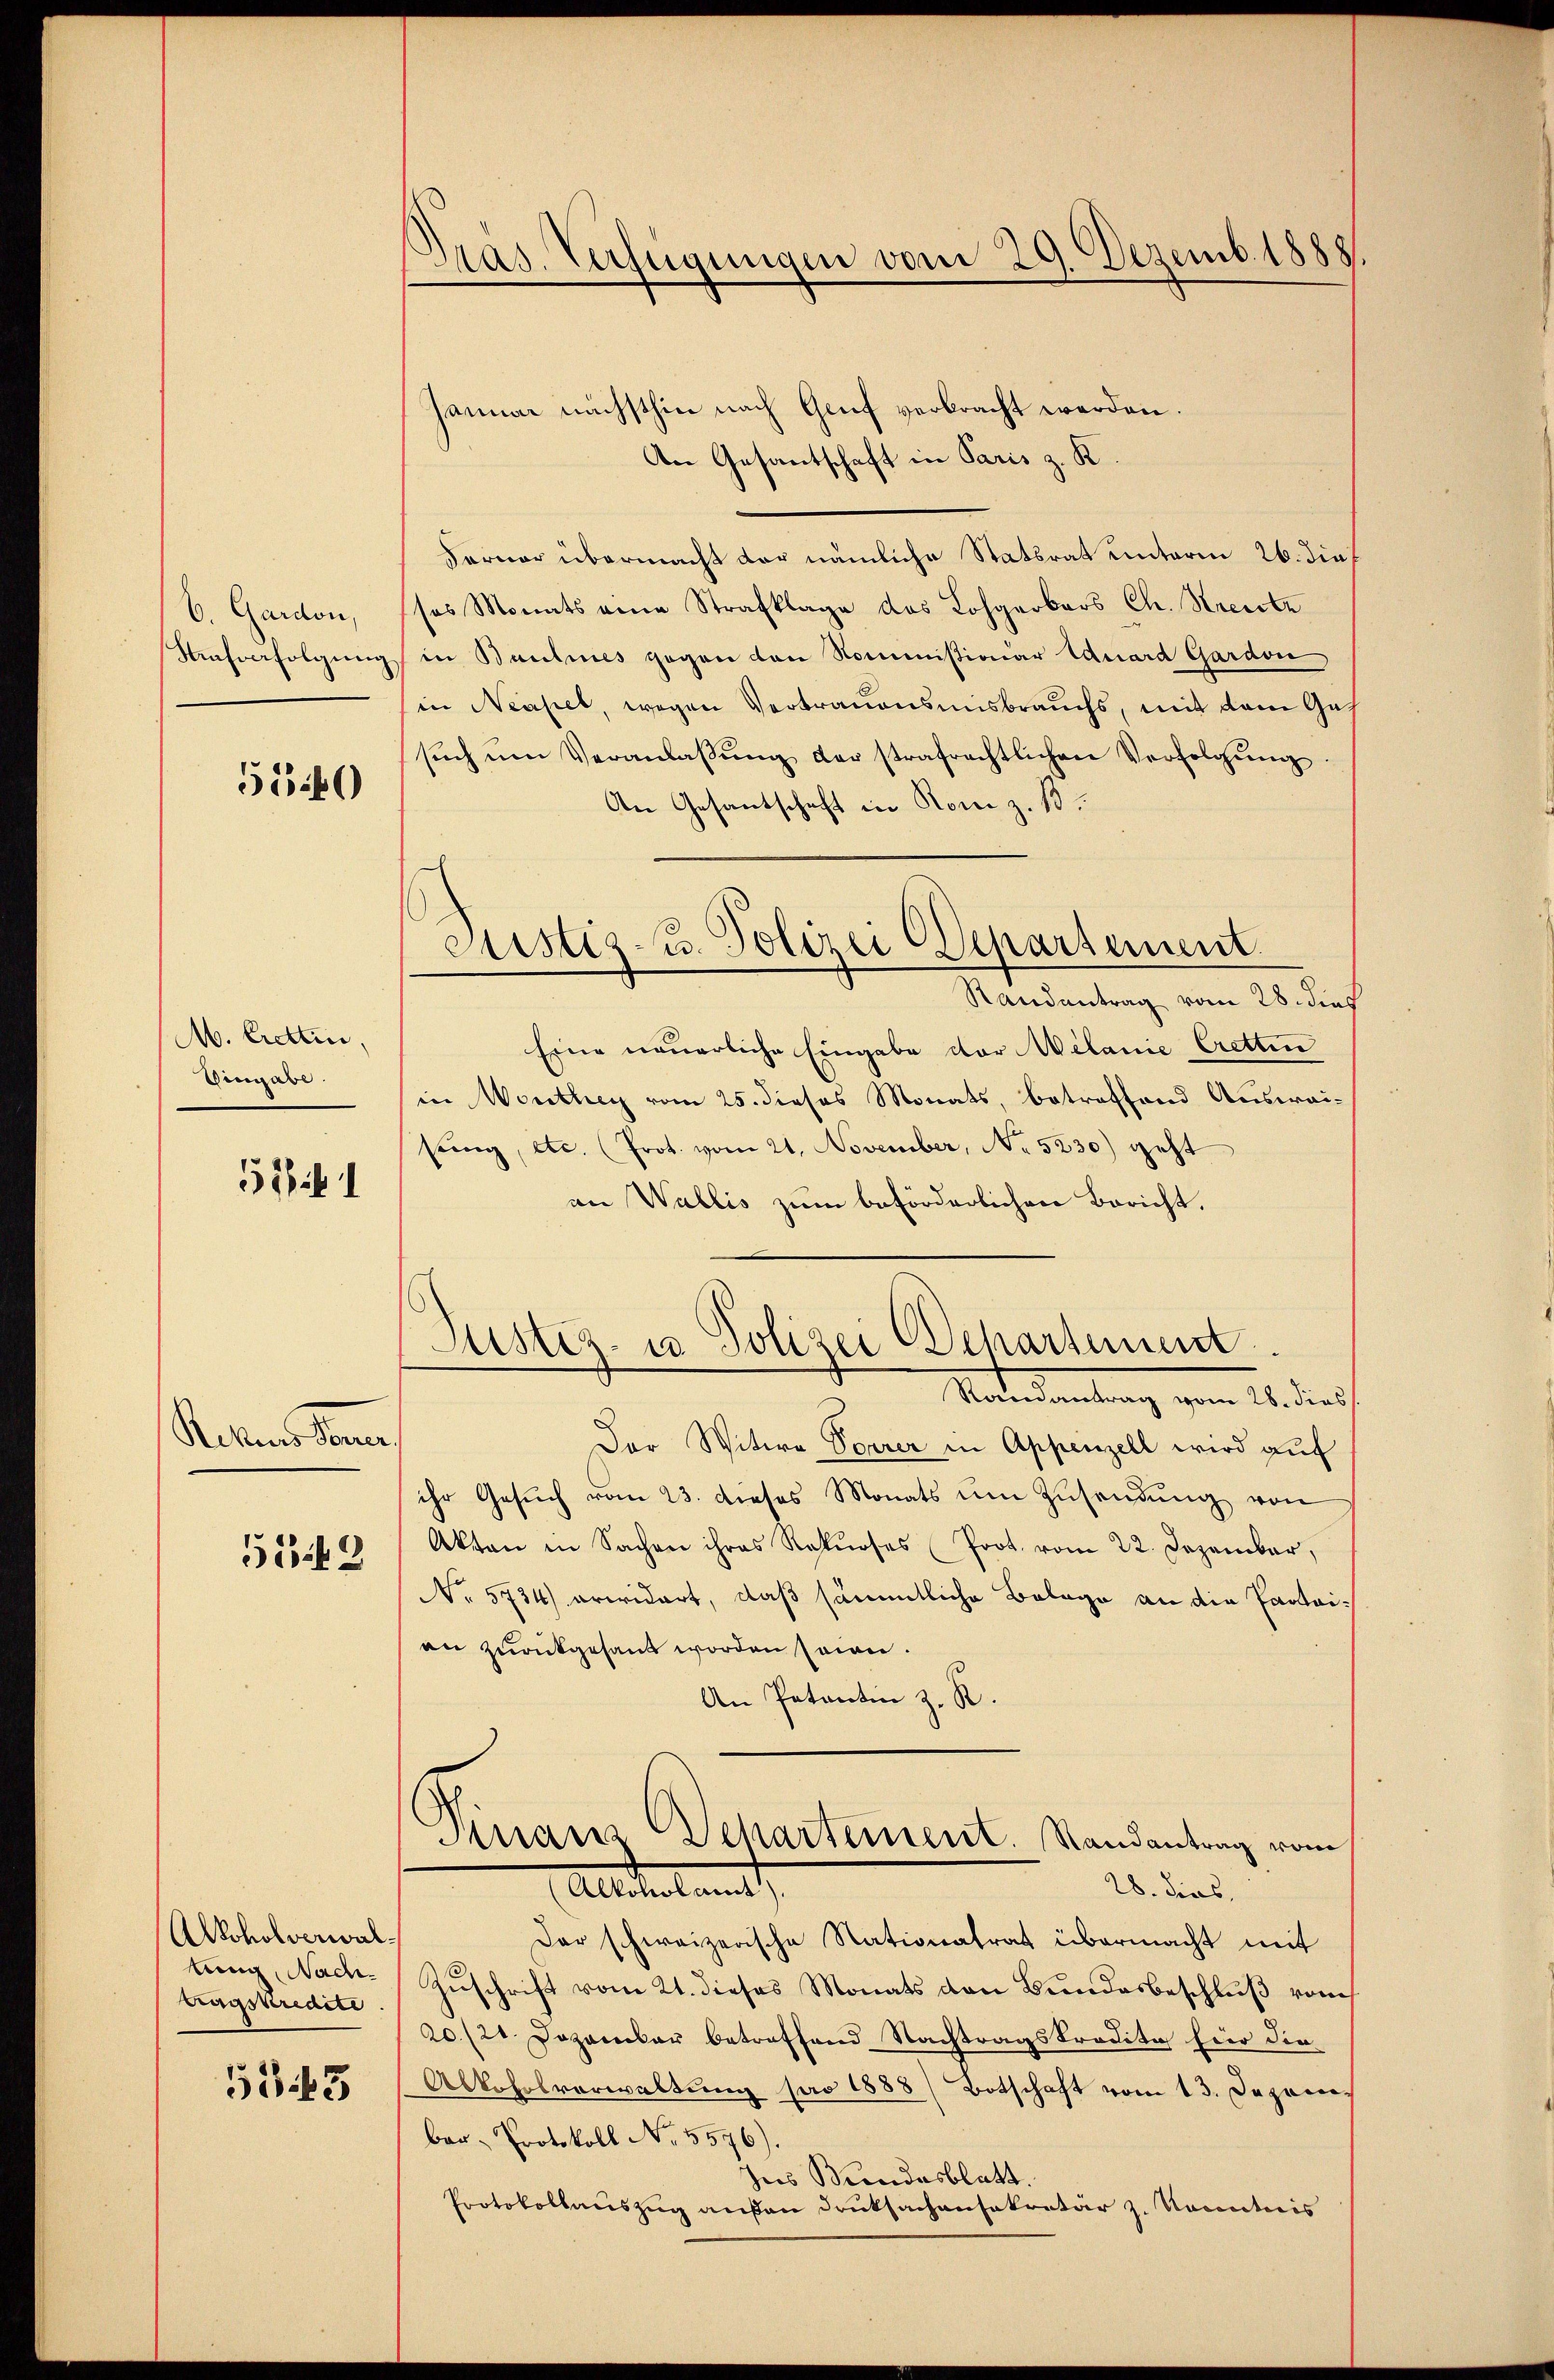
b. Gardon,

5540

M. Crettin,
Wengabe.

5 Zif. 1

Ketters dem
549

Alkoholverwaltung, Nachtragsteredite

533

Präs. Verfügungen vom 29. Dezemb. 1888.

Justiz- u. Polizei Departement.

Januar nächsthin nach Genf verbracht werden.
An Gesantschaft in Paris z. K.
Ferner übermacht der nämliche Stattrat unterm 26. dies
ses Monats eine Strafklage das Lohgerbars Ch. Streite
Kfverfolgŭng in Baulines gegen den Kommißionar Eduard Gardon
(in Neapel, wegen Vertrauensmisbrauchs, mit dem Ge-
sŭch ŭm Veranlaβŭng der strafrechtlichen Verfolgŭng
An Gesantschaft in Rom z. B.
Randantrag vom 28. dies
Eine neuerliche Eingabe der Welanie Cretten
in Worthey vom 25. dieses Monats, betreffend Auswei¬
Pung, etc. (Prot. vom 21. November, No 5230) geht
an Wallis zum beförderlichen Bericht.
Justiz- u Polizei Departement
Naterdankung vom 16. dies
Der Witwe Vorrer in Appenzell wird auf
ihr Gesŭch vom 23. dieses Monats ŭm Zŭsendŭng von
Akten in Sachen ihres Rekŭrses (Prot. vom 22. Dezember,
No 5734) arwidert, daß sämmtliche Belage an die Parteian zurückgesandt worden seien.
An Patentin z. R.
Vinanz Departement. Randantrag vom
28. dies,
Altikelamt
Der schweizerische Nationalrat übermacht mit
Zuschrift vom 21. dieses Monats den Bundesbeschluß vom
20/20 Dezember betreffend Nachtragskredita hier die
Alkoholverwaltung pro 1888 / Botschaft vom 13. Depocebar- Protokoll No 5576).
Ins Bundesblatt.
Protokollauszug anfan Druksachensekretär z. Nocenticis